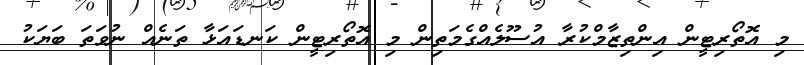
މި އޮތޯރިޓީން އިންތިޒާމްކުރާ އުސޫލެއްގެމަތިން މި އޮތޯރިޓީން ކަނޑައަޅާ ތަނެއް ނުވަތަ ބަޔަކު